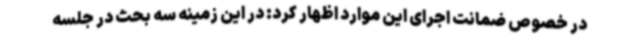
در خصوص ضمانت اجرای این موارد اظهار کرد: در این زمینه سه بحث در جلسه